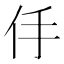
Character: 㐿